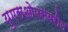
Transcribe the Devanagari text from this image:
युएसओएसवरील